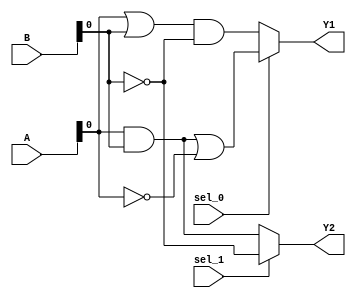
module CombinationalLogicBlock (
    input wire [3:0] A,           // 4-bit input A
    input wire [3:0] B,           // 4-bit input B
    input wire sel_0,             // Control signal for selecting output
    input wire sel_1,             // Control signal for selecting output
    output wire Y1,               // Output for Function 1
    output wire Y2                // Output for Function 2
);

// Shared logic resources (AND, OR, NOT gates)
wire and_out; 
wire or_out;

// AND gate common resource
assign and_out = A & B; // Shared AND resource

// OR gate common resource
assign or_out = A | B;  // Shared OR resource

// Function 1: Implemented as Y1 = (A AND B) OR NOT(A)
// Function 2: Implemented as Y2 = (A OR B) AND NOT(B)

wire notA;   // NOT of A
wire notB;   // NOT of B

assign notA = ~A;         // NOT gate for A
assign notB = ~B;         // NOT gate for B

// MUX for output selection based on control signals
wire mux1_out; // Output of MUX for Function 1
wire mux2_out; // Output of MUX for Function 2

// MUX for Y1: Selects between (and_out OR notA) and (or_out AND notB)
assign mux1_out = sel_0 ? (and_out | notA) : (or_out & notB);

// MUX for Y2: Selects between AND and OR outputs based on sel_1
assign mux2_out = sel_1 ? notB : and_out; // Shared output for both functions

// Final Outputs
assign Y1 = mux1_out; // Assigning the final output for Function 1
assign Y2 = mux2_out; // Assigning the final output for Function 2

endmodule